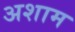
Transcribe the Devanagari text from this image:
अशाम